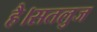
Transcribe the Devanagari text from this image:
है।सतलुज